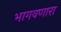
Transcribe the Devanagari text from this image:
भागवणारा